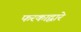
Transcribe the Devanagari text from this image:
फरकाद्वारे